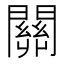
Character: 關